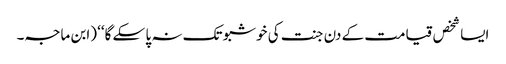
ایسا شخص قیامت کے دن جنت کی خوشبو تک نہ پا سکے گا‘‘ (ابن ماجہ۔